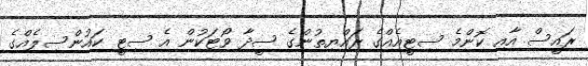
ރައީސް އާއި ކޮންމެ ސިޓީއެއްގެ ރައްޔިތުންގެ ސީދާ ވޯޓަކުން އެ ސިޓީ ކައުންސިލެއްގެ